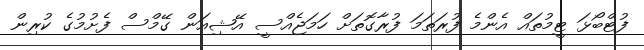
ފުޓްބޯޅަ ޓީމުތައް އެންމެ ފުރަތަމަ ފުރާގޮތަށް ހަމަޖެއްސީ އޭޝިއަން ގޭމްސް ފެށުމުގެ ކުރިން